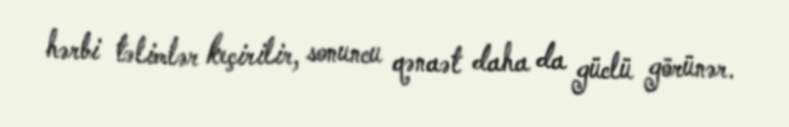
hərbi təlimlər keçirilir, sonuncu qənaət daha da güclü görünər.